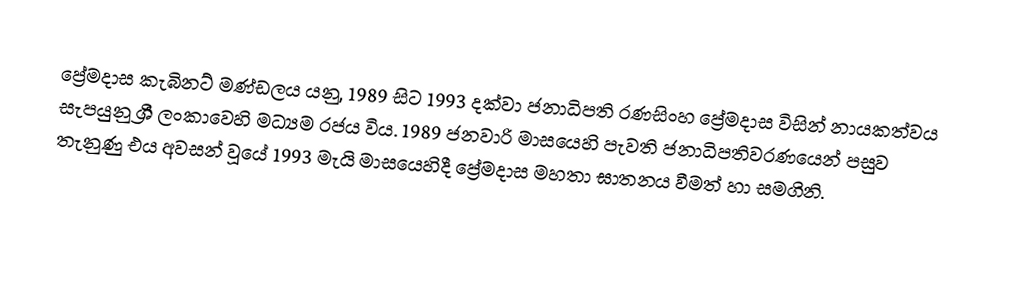
ප්‍රේමදාස කැබිනට් මණ්ඩලය යනු, 1989 සිට 1993 දක්වා ජනාධිපති රණසිංහ ප්‍රේමදාස විසින් නායකත්වය සැපයුනු  ශ්‍රී ලංකාවෙහි මධ්‍යම රජය විය. 1989 ජනවාරි මාසයෙහි පැවති ජනාධිපතිවරණයෙන් පසුව තැනුණු එය අවසන් වූයේ 1993 මැයි මාසයෙහිදී ප්‍රේමදාස මහතා ඝාතනය වීමත් හා සමගිනි.